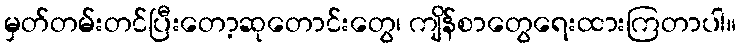
မှတ်တမ်းတင်ပြီးတော့ဆုတောင်းတွေ၊ ကျိန်စာတွေရေးထားကြတာပါ။